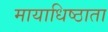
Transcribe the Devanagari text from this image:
मायाधिष्ठाता